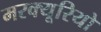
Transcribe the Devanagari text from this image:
मरक्यूरियो